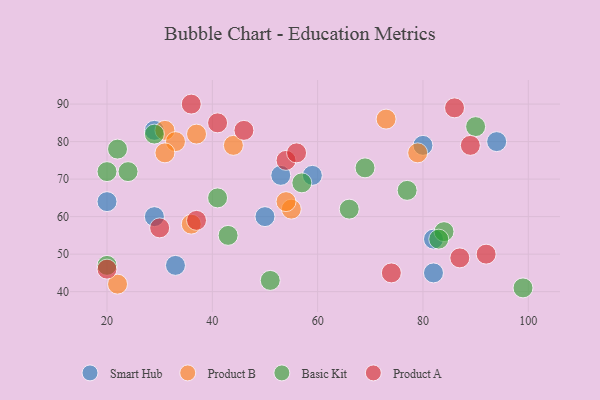
{"axis": {"x": "GDP", "y": "Life Expectancy"}, "legend": ["Basic Kit", "Product A", "Product B", "Smart Hub"], "data": [{"x": "29", "y": 83, "type": "Smart Hub"}, {"x": "20", "y": 64, "type": "Smart Hub"}, {"x": "53", "y": 71, "type": "Smart Hub"}, {"x": "33", "y": 47, "type": "Smart Hub"}, {"x": "50", "y": 60, "type": "Smart Hub"}, {"x": "80", "y": 79, "type": "Smart Hub"}, {"x": "82", "y": 45, "type": "Smart Hub"}, {"x": "82", "y": 54, "type": "Smart Hub"}, {"x": "94", "y": 80, "type": "Smart Hub"}, {"x": "59", "y": 71, "type": "Smart Hub"}, {"x": "29", "y": 60, "type": "Smart Hub"}, {"x": "31", "y": 83, "type": "Product B"}, {"x": "79", "y": 77, "type": "Product B"}, {"x": "44", "y": 79, "type": "Product B"}, {"x": "55", "y": 62, "type": "Product B"}, {"x": "22", "y": 42, "type": "Product B"}, {"x": "73", "y": 86, "type": "Product B"}, {"x": "33", "y": 80, "type": "Product B"}, {"x": "37", "y": 82, "type": "Product B"}, {"x": "54", "y": 64, "type": "Product B"}, {"x": "31", "y": 77, "type": "Product B"}, {"x": "36", "y": 58, "type": "Product B"}, {"x": "66", "y": 62, "type": "Basic Kit"}, {"x": "69", "y": 73, "type": "Basic Kit"}, {"x": "24", "y": 72, "type": "Basic Kit"}, {"x": "84", "y": 56, "type": "Basic Kit"}, {"x": "77", "y": 67, "type": "Basic Kit"}, {"x": "29", "y": 82, "type": "Basic Kit"}, {"x": "51", "y": 43, "type": "Basic Kit"}, {"x": "20", "y": 47, "type": "Basic Kit"}, {"x": "99", "y": 41, "type": "Basic Kit"}, {"x": "43", "y": 55, "type": "Basic Kit"}, {"x": "57", "y": 69, "type": "Basic Kit"}, {"x": "83", "y": 54, "type": "Basic Kit"}, {"x": "22", "y": 78, "type": "Basic Kit"}, {"x": "90", "y": 84, "type": "Basic Kit"}, {"x": "20", "y": 72, "type": "Basic Kit"}, {"x": "41", "y": 65, "type": "Basic Kit"}, {"x": "46", "y": 83, "type": "Product A"}, {"x": "54", "y": 75, "type": "Product A"}, {"x": "89", "y": 79, "type": "Product A"}, {"x": "36", "y": 90, "type": "Product A"}, {"x": "74", "y": 45, "type": "Product A"}, {"x": "87", "y": 49, "type": "Product A"}, {"x": "41", "y": 85, "type": "Product A"}, {"x": "30", "y": 57, "type": "Product A"}, {"x": "20", "y": 46, "type": "Product A"}, {"x": "56", "y": 77, "type": "Product A"}, {"x": "92", "y": 50, "type": "Product A"}, {"x": "86", "y": 89, "type": "Product A"}, {"x": "37", "y": 59, "type": "Product A"}]}